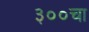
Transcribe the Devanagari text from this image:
३००चा